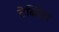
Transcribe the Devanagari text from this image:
टेब्लिंग